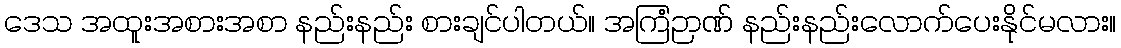
ဒေသ အထူးအစားအစာ နည်းနည်း စားချင်ပါတယ်။ အကြံဉာဏ် နည်းနည်းလောက်ပေးနိုင်မလား။